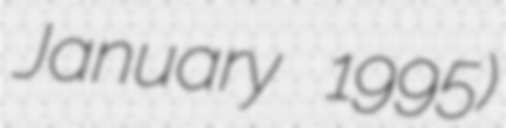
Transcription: January 1995)